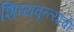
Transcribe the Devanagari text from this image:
शिष्यवृत्त्यांची